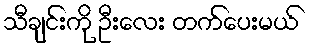
သီချင်းကို ဦးလေး တက်ပေးမယ်